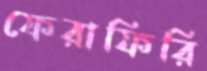
ফেরাফিরি